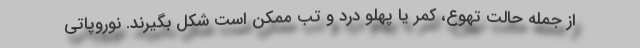
از جمله حالت تهوع، کمر یا پهلو درد و تب ممکن است شکل بگیرند. نوروپاتی